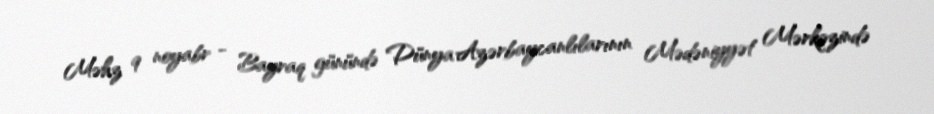
Məhz 9 noyabr - Bayraq günündə Dünya Azərbaycanlılarının Mədəniyyət Mərkəzində